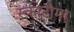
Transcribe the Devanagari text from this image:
स्कोटोमा